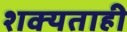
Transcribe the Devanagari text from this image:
शक्‍यताही